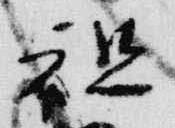
祖